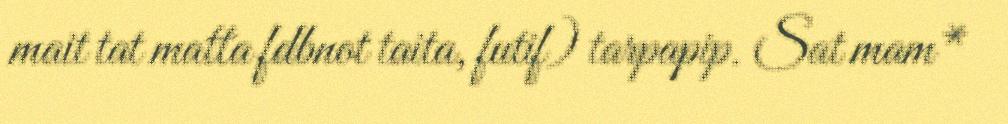
mait tat matta fdbnot taita, futif) tarpapip. Sat mam*